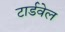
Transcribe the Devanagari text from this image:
टार्डवेल